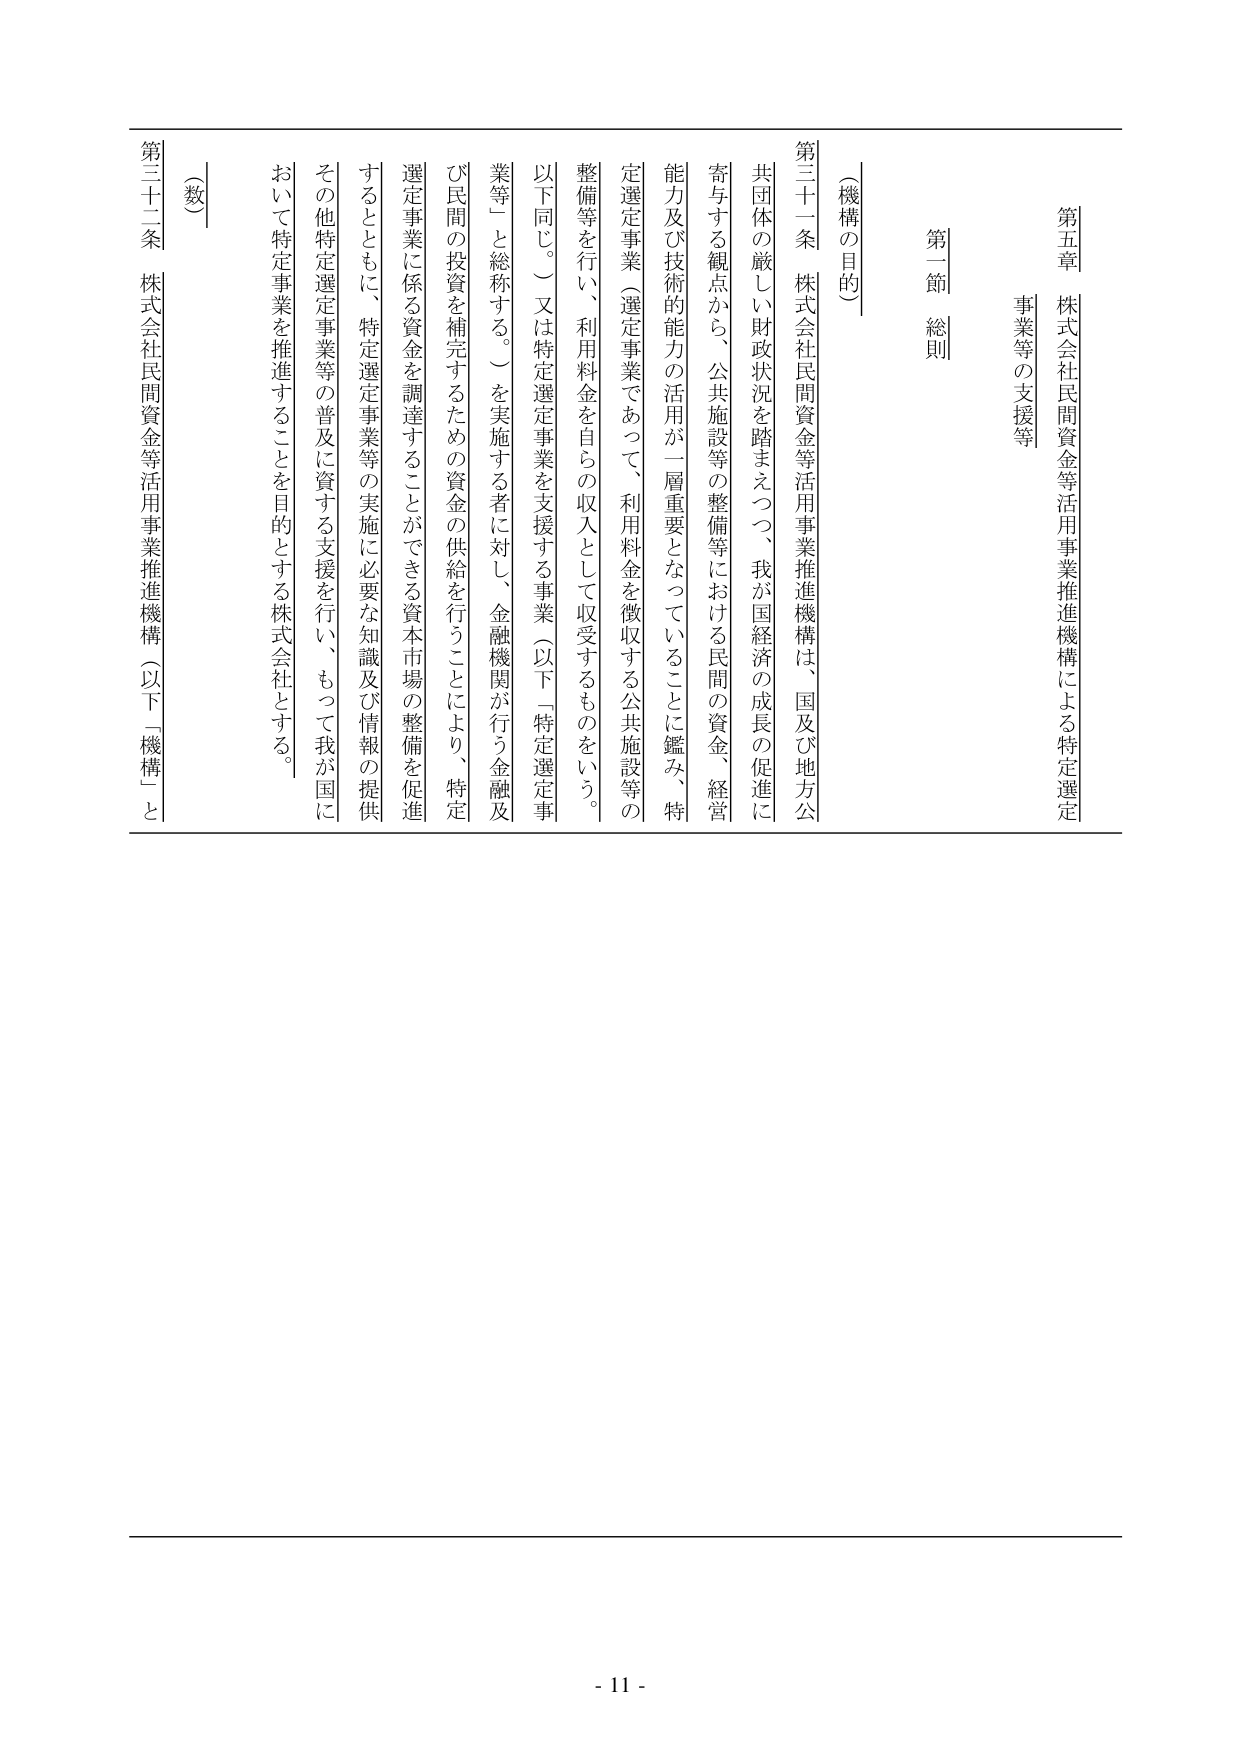
第五章 株式会社民間資金等活用事業推進機構による特定選定事業等の支援等

第一節 総則

（機構の目的）

第三十一条 株式会社民間資金等活用事業推進機構は、国及び地方公共団体の厳しい財政状況を踏まえつつ、我が国経済の成長の促進に寄与する観点から、公共施設等の整備等における民間の資金、経営能力及び技術的能力の活用が一層重要となっていることに鑑み、特定選定事業（選定事業であって、利用料金を徴収する公共施設等の整備等を行い、利用料金を自らの収入として収受するものをいう。以下同じ。）又は特定選定事業を支援する事業（以下「特定選定事業等」と総称する。）を実施する者に対し、金融機関が行う金融及び民間の投資を補完するための資金の供給を行うことにより、特定選定事業に係る資金を調達することができる資本市場の整備を促進するとともに、特定選定事業等の実施に必要な知識及び情報の提供その他特定選定事業等の普及に資する支援を行い、もって我が国において特定事業を推進することを目的とする株式会社とする。

第三十二条 株式会社民間資金等活用事業推進機構（以下「機構」と

（数）

- 11 -